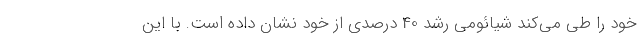
خود را طی می‌کند شیائومی رشد 40 درصدی از خود نشان داده است. با این